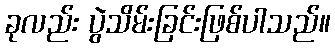
ခုလည်း ပွဲသိမ်းခြင်းဖြစ်ပါသည်။